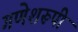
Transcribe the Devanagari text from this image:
गणेशरूपी